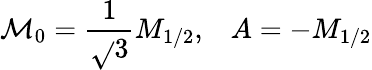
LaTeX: \mathcal{M}_{0}=\frac{{1}}{{\sqrt{}{{3}}}}M_{1/2},\; \; \; A=-M_{1/2}